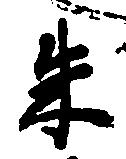
朱